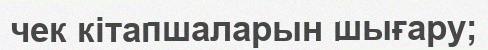
чек кітапшаларын шығару;